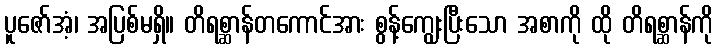
ပူဇော်အံ့၊ အပြစ်မရှိ။ တိရစ္ဆာန်တကောင်အား စွန့်ကျွေးပြီးသော အစာကို ထို တိရစ္ဆာန်ကို